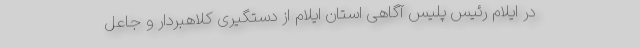
در ایلام رئیس پلیس آگاهی استان ایلام از دستگیری کلاهبردار و جاعل